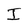
Character: I